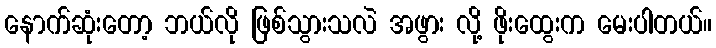
နောက်ဆုံးတော့ ဘယ်လို ဖြစ်သွားသလဲ အဖွား လို့ ဖိုးထွေးက မေးပါတယ်။